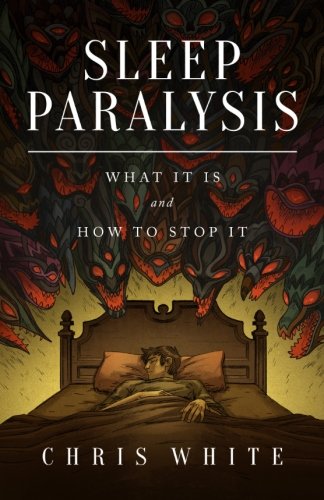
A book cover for Sleep Paralysis: What It Is and How To Stop It; Chris White; Health, Fitness & Dieting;